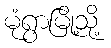
မုံရွာမြို့သို့